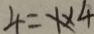
4 = x \times 4